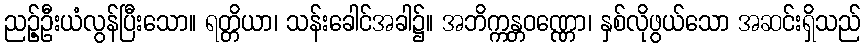
ညဉ့်ဦးယံလွန်ပြီးသော။ ရတ္တိယာ၊ သန်းခေါင်အခါ၌။ အဘိက္ကန္တဝဏ္ဏော၊ နှစ်လိုဖွယ်သော အဆင်းရှိသည်